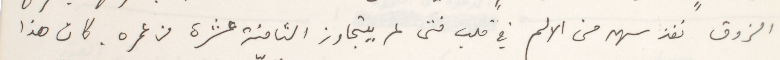
الزوق نفذ سهم من الالم في قلب فتى لم يتجاوز الثامنة عشرة من عمره. كان هذا